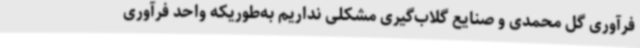
فرآوری گل محمدی و صنایع گلاب‌گیری مشکلی نداریم به‌طوریکه واحد فرآوری